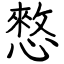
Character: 憗